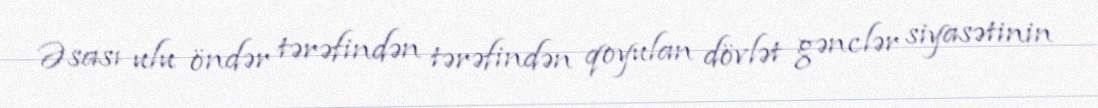
Əsası ulu öndər tərəfindən tərəfindən qoyulan dövlət gənclər siyasətinin